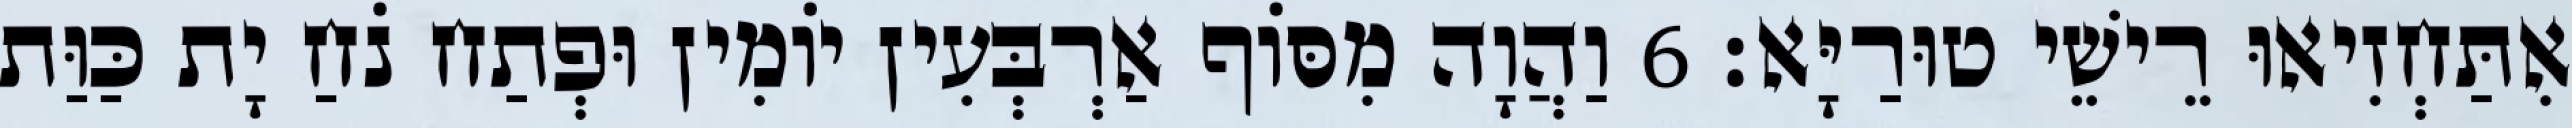
אִתַּחְזִיאוּ רֵישֵׁי טוּרַיָּא׃ 6 וַהֲוָה מִסּוֹף אַרְבְּעִין יוֹמִין וּפְתַח נֹחַ יָת כַּוַּת